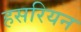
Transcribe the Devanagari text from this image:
हसरियन